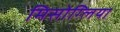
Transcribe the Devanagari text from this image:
मिसोग्लिया